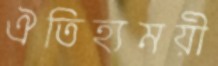
ঐতিহ্যময়ী